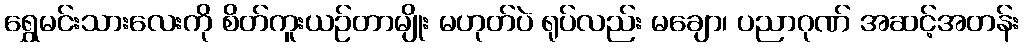
ရွှေမင်းသားလေးကို စိတ်ကူးယဉ်တာမျိုး မဟုတ်ပဲ ရုပ်လည်း မချော၊ ပညာဂုဏ် အဆင့်အတန်း